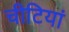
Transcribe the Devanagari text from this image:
चीटियां